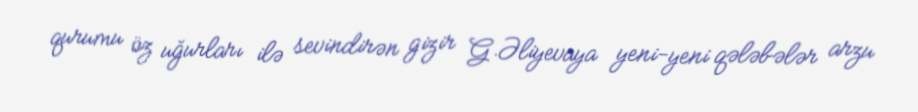
qurumu öz uğurları ilə sevindirən gizir G.Əliyevaya yeni-yeni qələbələr arzu